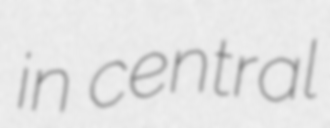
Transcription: in central